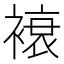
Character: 䙑